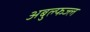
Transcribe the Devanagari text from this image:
अबुल्फज्ल